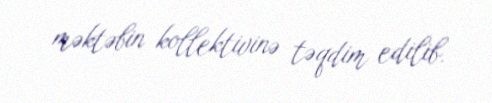
məktəbin kollektivinə təqdim edilib.